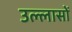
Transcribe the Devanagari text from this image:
उल्लासों